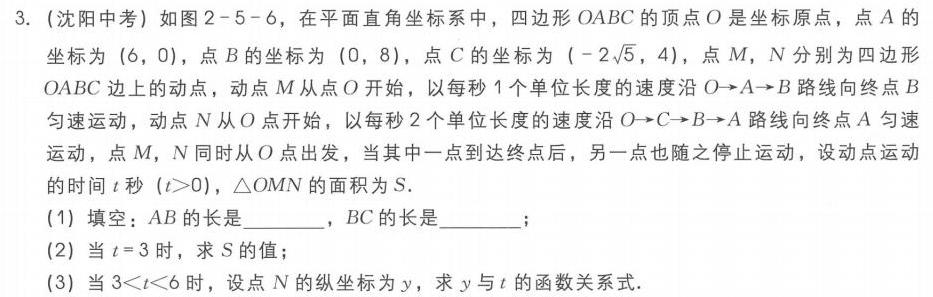
3. (沈阳中考) 如图2 - 5 - 6，在平面直角坐标系中，四边形\(OABC\)的顶点\(O\)是坐标原点，点\(A\)的坐标为\((6,0)\)，点\(B\)的坐标为\((0,8)\)，点\(C\)的坐标为\((-2\sqrt{5},4)\)，点\(M\)，\(N\)分别为四边形\(OABC\)边上的动点，动点\(M\)从点\(O\)开始，以每秒\(1\)个单位长度的速度沿\(O\rightarrow A\rightarrow B\)路线向终点\(B\)匀速运动，动点\(N\)从\(O\)点开始，以每秒\(2\)个单位长度的速度沿\(O\rightarrow C\rightarrow B\rightarrow A\)路线向终点\(A\)匀速运动，点\(M\)，\(N\)同时从\(O\)点出发，当其中一点到达终点后，另一点也随之停止运动，设动点运动的时间\(t\)秒\((t > 0)\)，\(\triangle  OMN\)的面积为\(S\).
(1) 填空：\(AB\)的长是  ，\(BC\)的长是  ；
(2) 当\(t = 3\)时，求\(S\)的值；
(3) 当\(3 < t < 6\)时，设点\(N\)的纵坐标为\(y\)，求\(y\)与\(t\)的函数关系式.